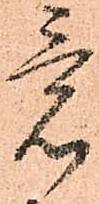
意